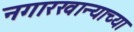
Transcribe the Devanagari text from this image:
नगारखान्याच्या